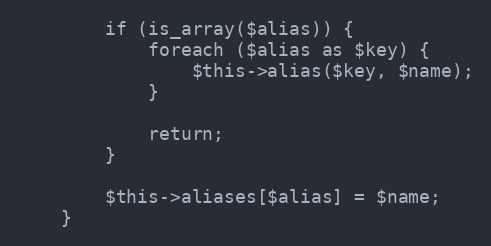
Language: PHP
		if (is_array($alias)) {
			foreach ($alias as $key) {
				$this->alias($key, $name);
			}

			return;
		}

		$this->aliases[$alias] = $name;
	}